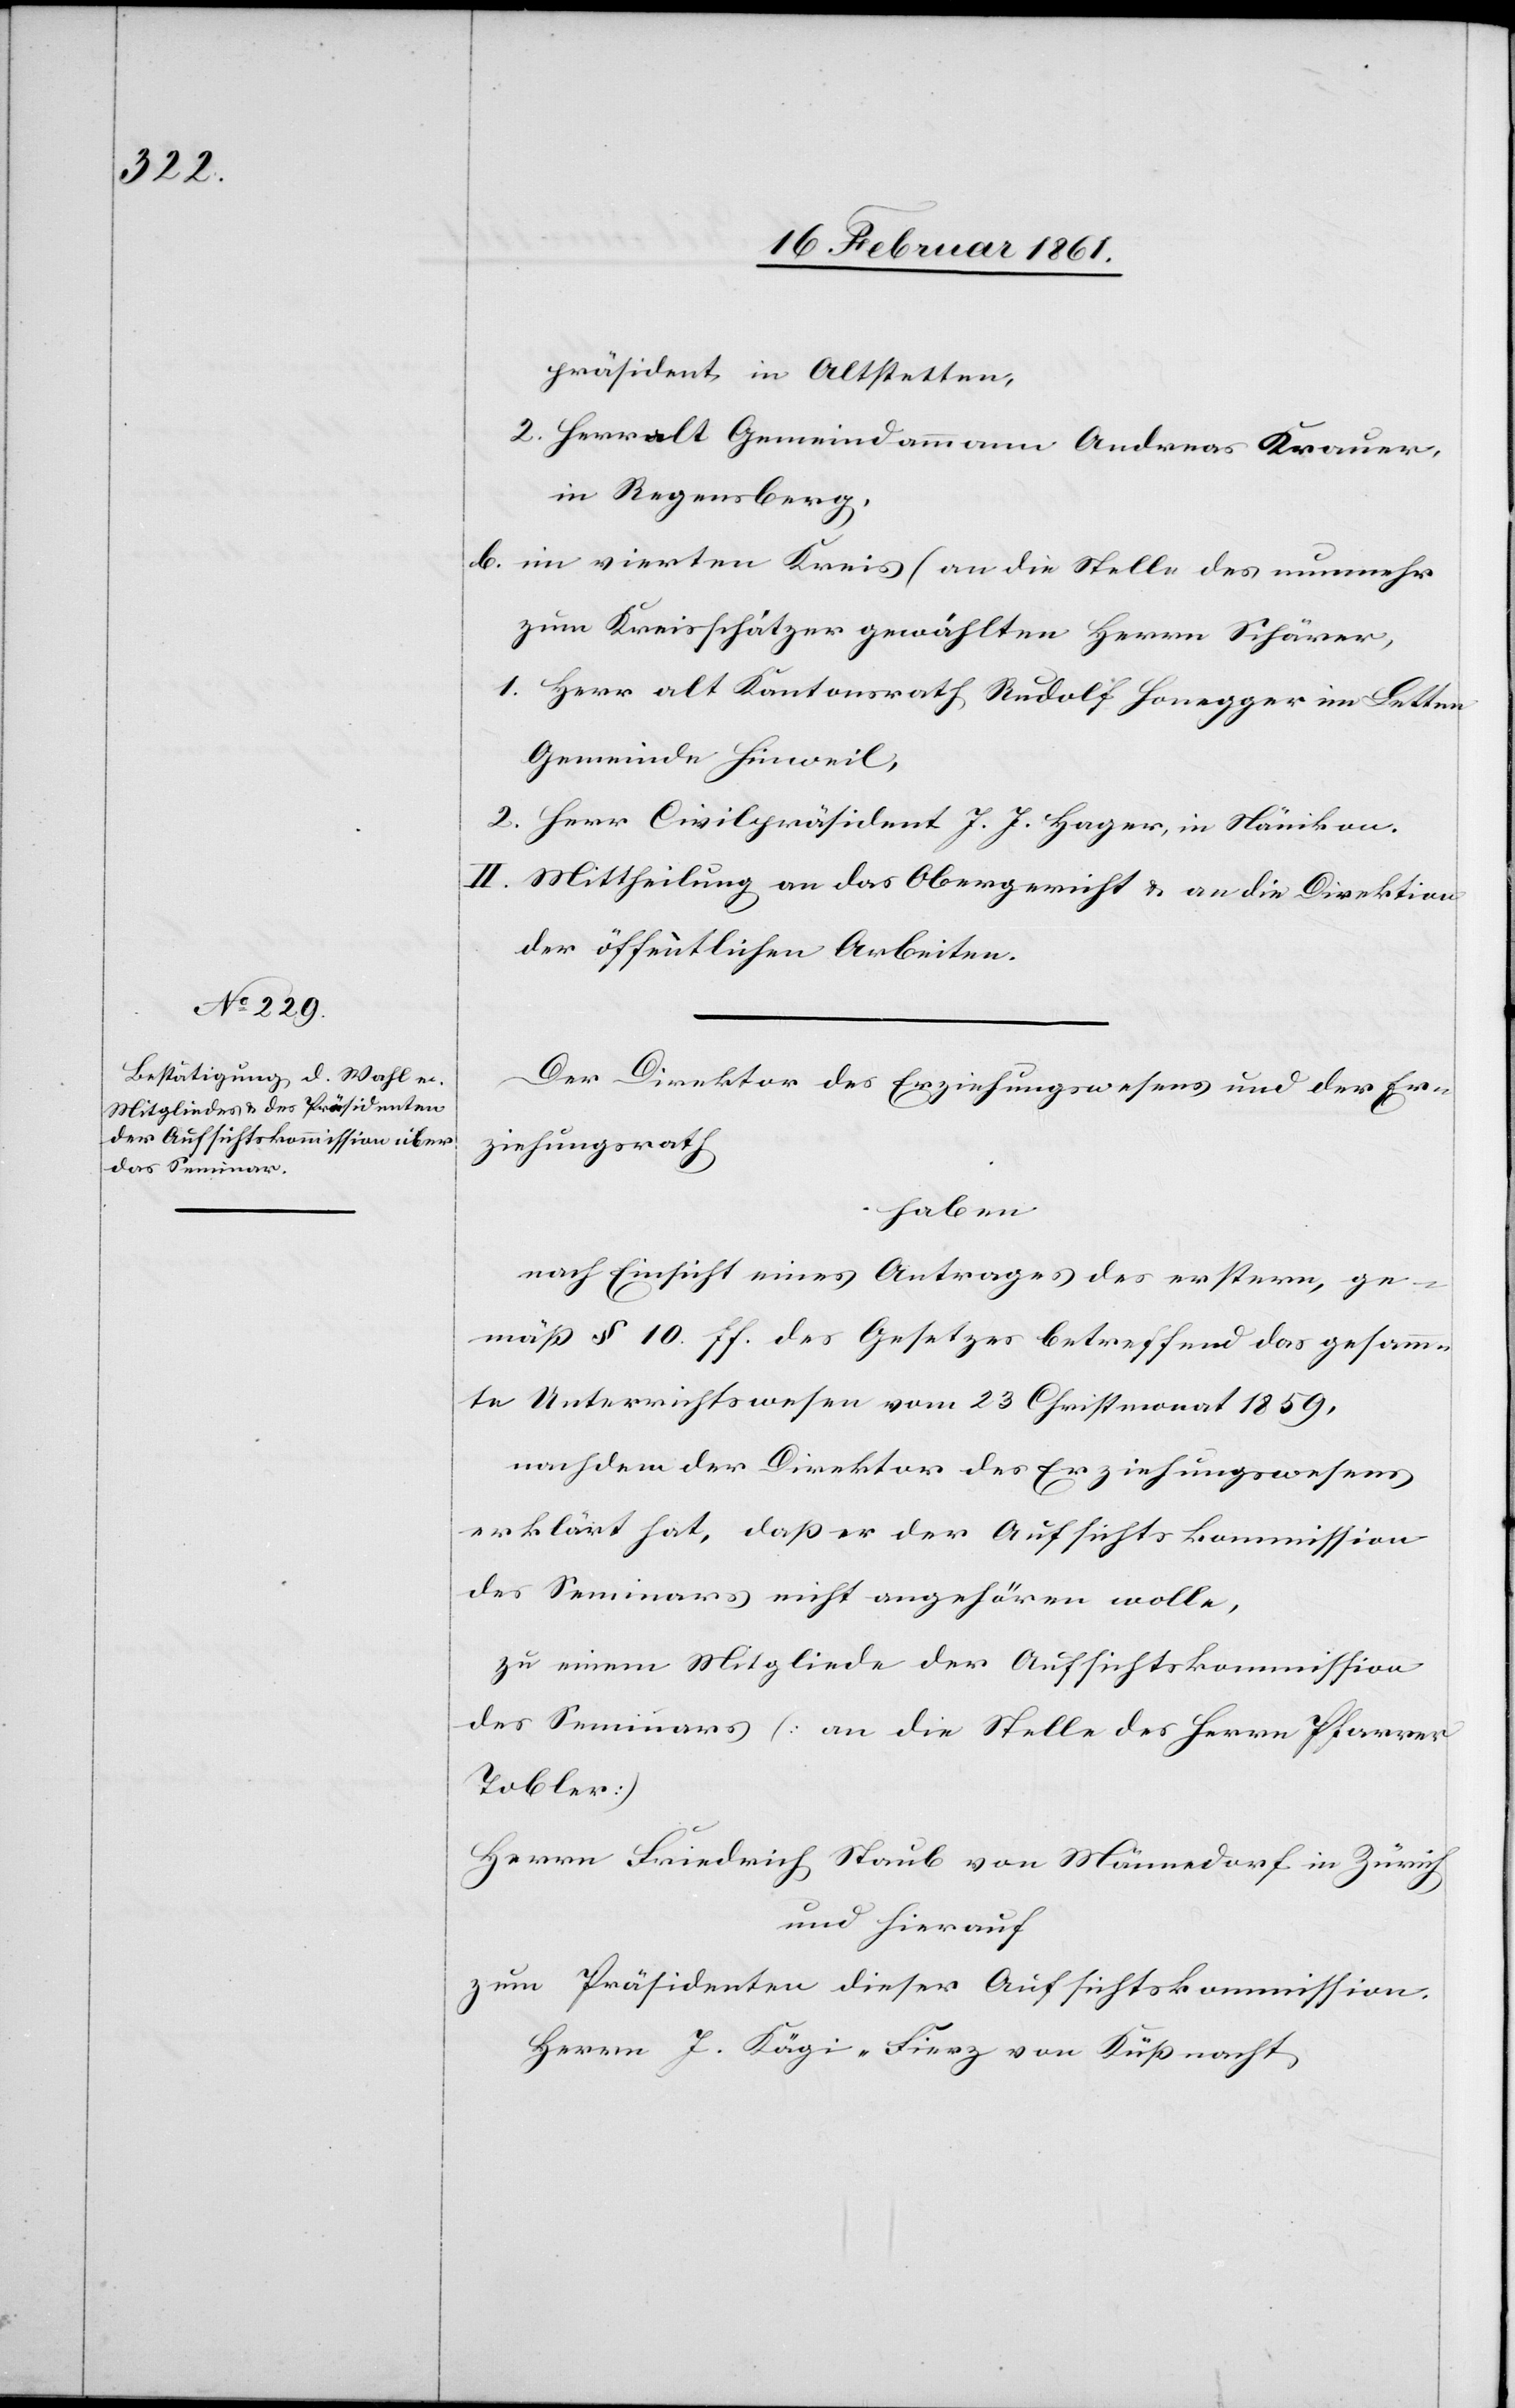
präsident in Altstetten,
2. Herr alt Gemeindammann Andreas Krauer,
in Regensberg,
b. im vierten Kreis (an die Stelle des nunmehr
zum Kreisschätzer gewählten Herrn Schärer[)],
1. Herr alt Kantonsrath Rudolf Honegger im Letten
Gemeinde Hinweil,
2. Herr Civilpräsident J. J. Hager, in Nänikon.
II. Mittheilung an das Obergericht u. an die Direktion
der öffentlichen Arbeiten.
Der Direktor des Erziehungswesens und der Er¬
ziehungsrath
haben
nach Einsicht eines Antrages des erstern, ge¬
mäß § 10 ff des Gesetzes betreffend das gesamm¬
te Unterrichtswesen vom 23. Christmonat 1859,
nachdem der Direktor des Erziehungswesens
erklärt hat, daß er der Aufsichtskommission
des Seminars nicht angehören wolle,
zu einem Mitgliede der Aufsichtskommission
des Seminars (an die Stelle des Herrn Pfarrer
Tobler)
Herrn Friedrich Staub von Männedorf in Zürich
und hierauf
zum Präsidenten dieser Aufsichtskommission
Herrn J. Kägi-Fierz von Küßnacht,